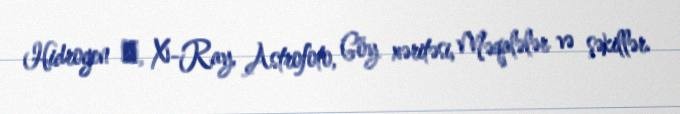
Hidrogen α, X-Ray, Astrofoto, Göy xəritəsi, Məqalələr və şəkillər.